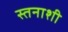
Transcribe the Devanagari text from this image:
स्तनाशी